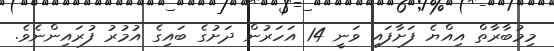
މިމުބާރާތް އިއްޔެ ފަށާފައި ވަނީ 14 އަހަރުން ދަށުގެ ބައިގެ އުމުރު ފުރައިންނެވެ.